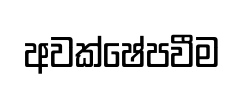
අවක්ෂේපවීම